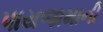
પાયજામાની